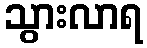
သွားလာရ